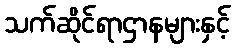
သက်ဆိုင်ရာဌာနများနှင့်